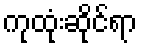
ကုထုံးဆိုင်ရာ